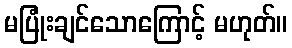
မပြုံးချင်သောကြောင့် မဟုတ်။